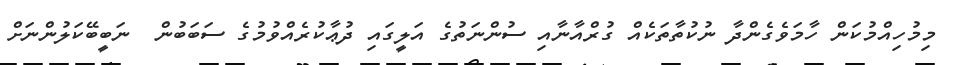
މިމުހިއްމުކަން ހާމަވެގެންދާ ނުކުތާތަކެއް ގުރްއާނާއި ސުންނަތުގެ އަލީގައި ދުޢާކުރެއްވުމުގެ ސަބަބުން  ނަބީބޭކަލުންނަށް